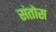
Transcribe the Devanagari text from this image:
संतोस